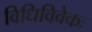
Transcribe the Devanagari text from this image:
विधिविवेकः